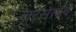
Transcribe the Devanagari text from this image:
तरसाईये